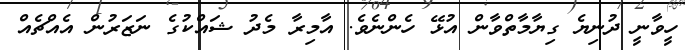
ހީވާނީ ދުނިޔެ ގިޔާމާތްވާން އުޅޭ ހެންނެވެ. އާމިރާ މެދު ޝައްކުގެ ނަޒަރުން އެއްޗެއް